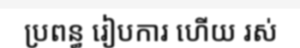
ប្រពន្ធ រៀបការ ហើយ រស់